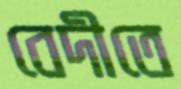
বেদীতে